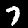
Digit: 7